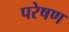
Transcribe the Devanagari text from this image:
परेषण